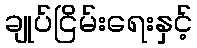
ချုပ်ငြိမ်းရေးနှင့်